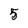
Character: 5